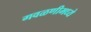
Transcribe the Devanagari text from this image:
गवळणीमध्ये